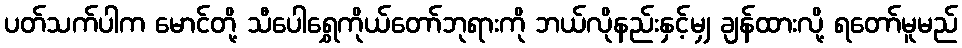
ပတ်သက်ပါက မောင်တို့ သီပေါရွှေကိုယ်တော်ဘုရားကို ဘယ်လိုနည်းနှင့်မျှ ချန်ထားလို့ ရတော်မူမည်